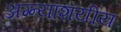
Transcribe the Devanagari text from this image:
अग्न्याशयीय